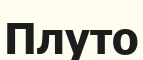
Плуто